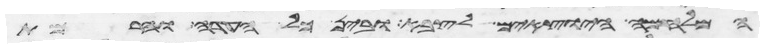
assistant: המלחמה היוצאים לצבא ובין כל העדה והרמת